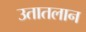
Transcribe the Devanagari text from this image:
उतातलान